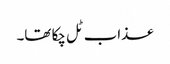
عذاب ٹل چکا تھا۔